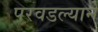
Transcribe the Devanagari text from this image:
परवडल्याने